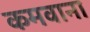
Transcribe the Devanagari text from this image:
कमवाना